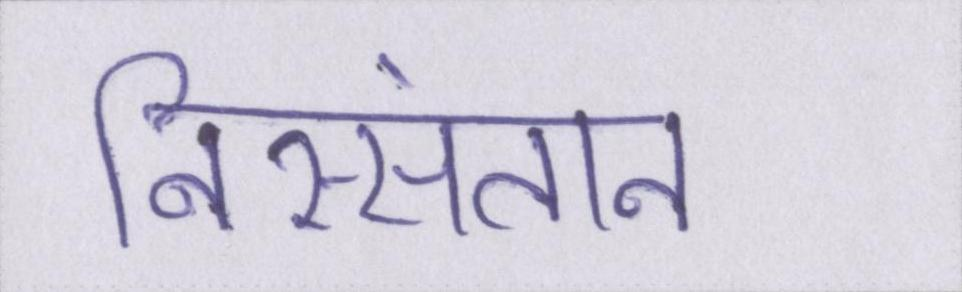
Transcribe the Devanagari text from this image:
निस्संतान